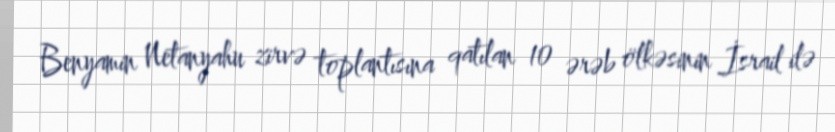
Benyamin Netanyahu zirvə toplantısına qatılan 10 ərəb ölkəsinin İsrail ilə